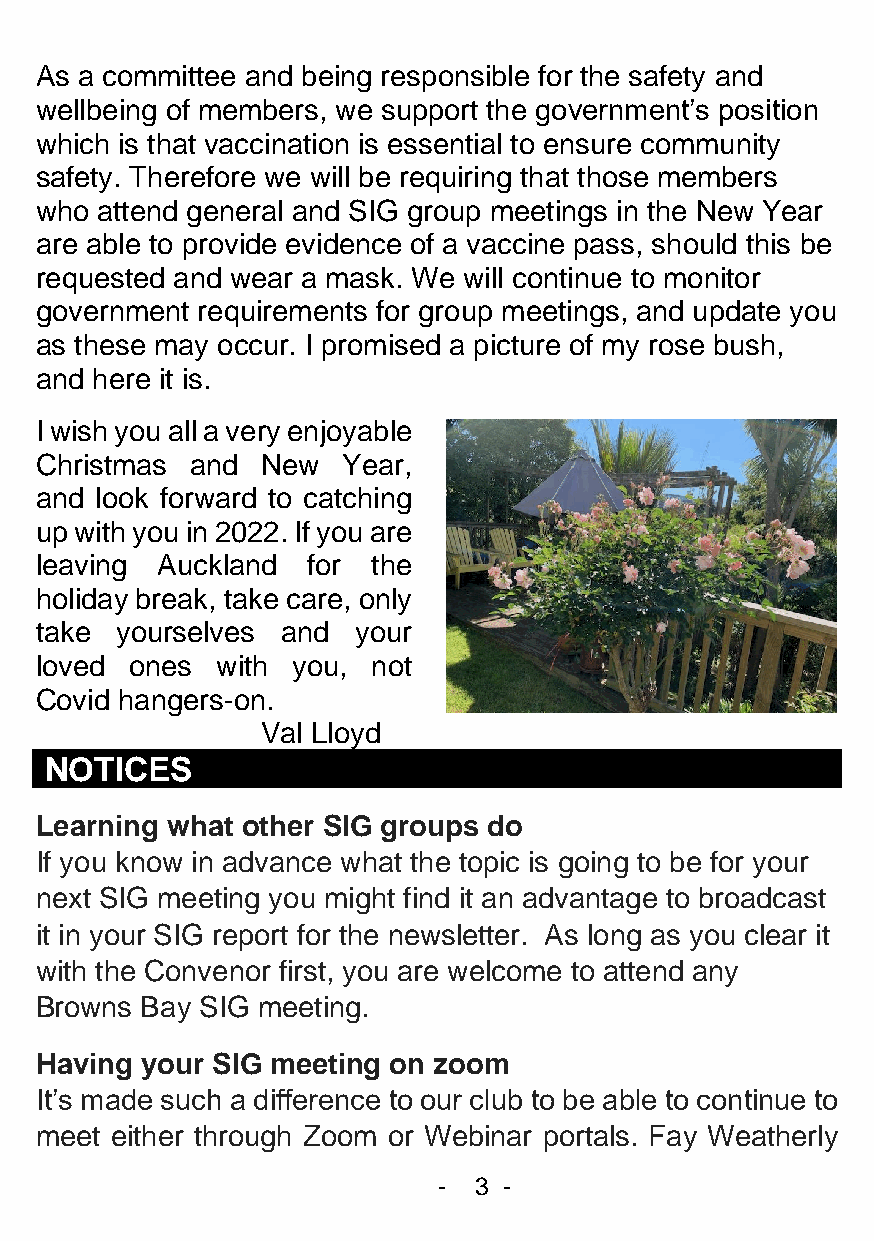
As a committee and being responsible for the safety and
 wellbeing of members, we support the government’s position
 which is that vaccination is essential to ensure community
 safety. Therefore we will be requiring that those members
 who attend general and SIG group meetings in the New Year
 are able to provide evidence of a vaccine pass, should this be
 requested and wear a mask. We will continue to monitor
 government requirements for group meetings, and update you
 as these may occur. I promised a picture of my rose bush,
 and here it is.
 I wish you all a very enjoyable
 Christmas  and New   Year,
 and look forward to catching
 up with you in 2022. If you are
 leaving Auckland  for  the
 holiday break, take care, only
 take  yourselves and  your
 loved  ones with you,  not
 Covid hangers-on.
 Val Lloyd
 NOTICES
 Learning what other SIG groups do
 If you know in advance what the topic is going to be for your
 next SIG meeting you might find it an advantage to broadcast
 it in your SIG report for the newsletter. As long as you clear it
 with the Convenor first, you are welcome to attend any
 Browns Bay SIG meeting.
 Having your SIG meeting on zoom
 It’s made such a difference to our club to be able to continue to
 meet either through Zoom or Webinar portals. Fay Weatherly
 - 3 -